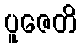
ပူဇေတိ